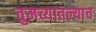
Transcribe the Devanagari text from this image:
तुमच्यातल्याच